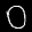
Label: 0